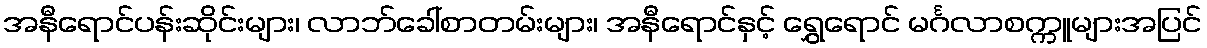
အနီရောင်ပန်းဆိုင်းများ၊ လာဘ်ခေါ်စာတမ်းများ၊ အနီရောင်နှင့် ရွှေရောင် မင်္ဂလာစက္ကူများအပြင်